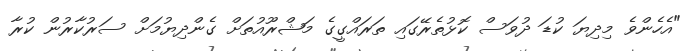
"އެހެންވެ މިދިޔަ ކުޑަ ދުވަސް ކޮޅުތެރޭގައި ތަރައްގީގެ މަޝްރޫއުތަށް ގެންދިޔުމަށް ސަރުކާރުން ކުރާ